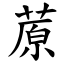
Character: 蒝